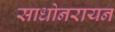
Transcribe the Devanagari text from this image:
साधोनरायन